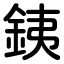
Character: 銕